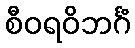
စီဝရဝိဘင်္ဂံ